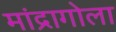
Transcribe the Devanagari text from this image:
मांद्रागोला